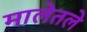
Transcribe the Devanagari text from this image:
मालेतले